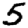
Digit: 5